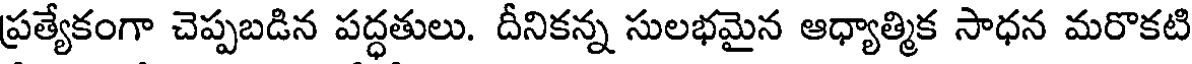
ప్రత్యేకంగా చెప్పబడిన పద్ధతులు. దీనికన్న సులభమైన ఆధ్యాత్మిక సాధన మరొకటి